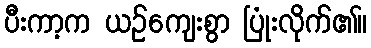
ပီးကာ့က ယဉ်ကျေးစွာ ပြုံးလိုက်၏။